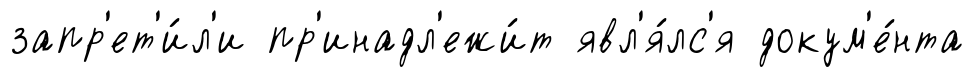
запр'ет'и́л'и пр'инадл'ежи́т явл'я́лс'я докум'е́нта